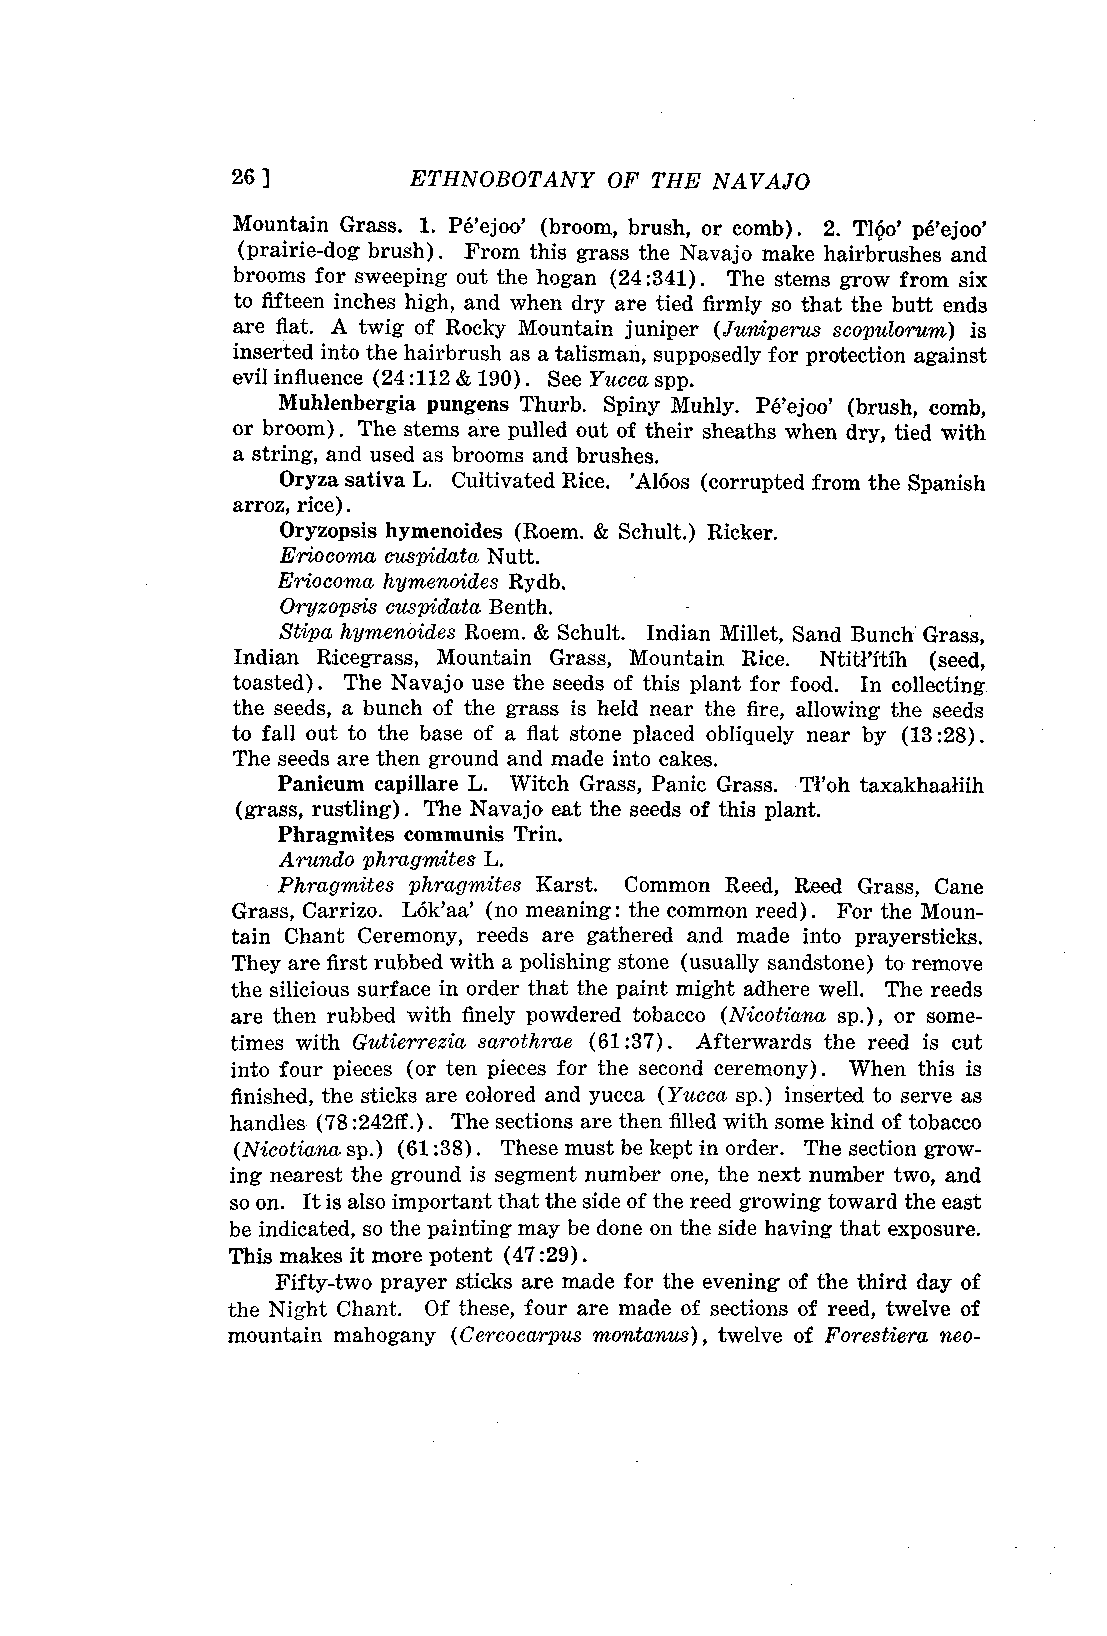
26 ]        ETHNOBOTANY  OF THE NAVAJO
 Mountain Grass. 1. Peejoo' (broom, brush, or comb). 2. TIOo' peejoo'
 (prairie-dog brush). From this grass the Navajo make hairbrushes and
 brooms for sweeping out the hogan (24:341). The stems grow from six
 to fifteen inches high, and when dry are tied firmly so that the butt ends
 are fiat. A twig of Rocky Mountain juniper (Juniperus scopulorum) is
 inserted into the hairbrush as a talisman, supposedly for protection against
 evil influence (24:112 & 190). See Yucca spp.
 Muhlenbergia pungens Thurb. Spiny Muhly. Peejoo' (brush, comb,
 or broom). The stems are pulled out of their sheaths when dry, tied with
 a string, and used as brooms and brushes.
 Oryza sativa L. Cultivated Rice. 'Al6os (corrupted from the Spanish
 arroz, rice).
 Oryzopsis hymenoides (Roem. & Schult.) Ricker.
 Eriocomct cuspidata Nutt.
 Eriocoma hymenoides Rydb.
 Oryzo psis cuspidata Benth.
 Stipa hymenoides Roem. & Schult. Indian Millet, Sand Bunch Grass,
 Indian Ricegrass, Mountain Grass, Mountain Rice. Ntitritih (seed,
 toasted). The Navajo use the seeds of this plant for food. In collecting
 the seeds, a bunch of the grass is held near the fire, allowing the seeds
 to fall out to the base of a flat stone placed obliquely near by (13 :28).
 The seeds are then ground and made into cakes.
 Panicum capillare L. Witch Grass, Panic Grass. Tl'oh taxakhaaiiih
 (grass, rustling). The Navaja eat the seeds of this plant.
 Phragmites communis Trin.
 Arunclo phragmites L.
 Phragmites phragmites Karst. Common Reed, Reed Grass, Cane
 Grass, Carrizo. Lak'aa' (no meaning: the common reed). For the Moun-
 tain Chant Ceremony, reeds are gathered and made into prayersticks.
 They are first rubbed with a polishing stone (usually sandstone) to remove
 the silicious surface in order that the paint might adhere well. The reeds
 are then rubbed with finely powdered tobacco (Nicotiana sp.), or some-
 times with Gutierrezia sarothrae (61 :37). Afterwards the reed is cut
 into four pieces (or ten pieces for the second ceremony). When this is
 finished, the sticks are colored and yucca (Yucca sp.) inserted to serve as
 handles (78 :242ff.). The sections are then filled with some kind of tobacco
 (Nicotiana sp.) (61 :38) . These must be kept in order. The section grow-
 ing nearest the ground is segment number one, the next number two, and
 so on. It is also important that the side of the reed growing toward the east
 be indicated, so the painting may be done on the side having that exposure.
 This makes it more potent (47:29).
 Fifty-two prayer sticks are made for the evening of the third day of
 the Night Chant. Of these, four are made of sections of reed, twelve of
 mountain mahogany (Cercocarpus montanus), twelve of Forestiera neo-